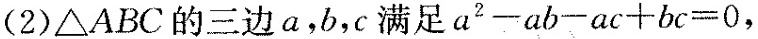
(2)△ABC的三边a，b，c满足$$a ^ { 2 } - a b - a c + b c =0$$，